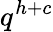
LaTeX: q^{h+c}